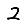
Digit: 2